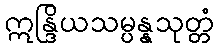
ဣန္ဒြိယသမ္ပန္နသုတ္တံ